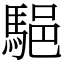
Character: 䣖